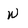
Character: w